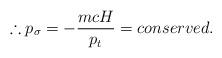
LaTeX: \begin{align*} \therefore p_\sigma = - \frac{m c H}{p_t} = conserved.\end{align*}